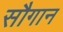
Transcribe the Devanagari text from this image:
सौगान